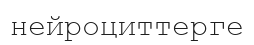
нейроциттерге